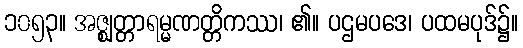
၁၀၅၃။ အဇ္ဈတ္တာရမ္မဏတ္တိကဿ၊ ၏။ ပဌမပဒေ၊ ပထမပုဒ်၌။